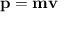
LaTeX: \mathbf { p } = \mathbf { m } \mathbf { v }